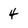
Character: 4